Plague in India, 1896, 1897 - Volume 2
Year: 1896
Disease focus: Plague
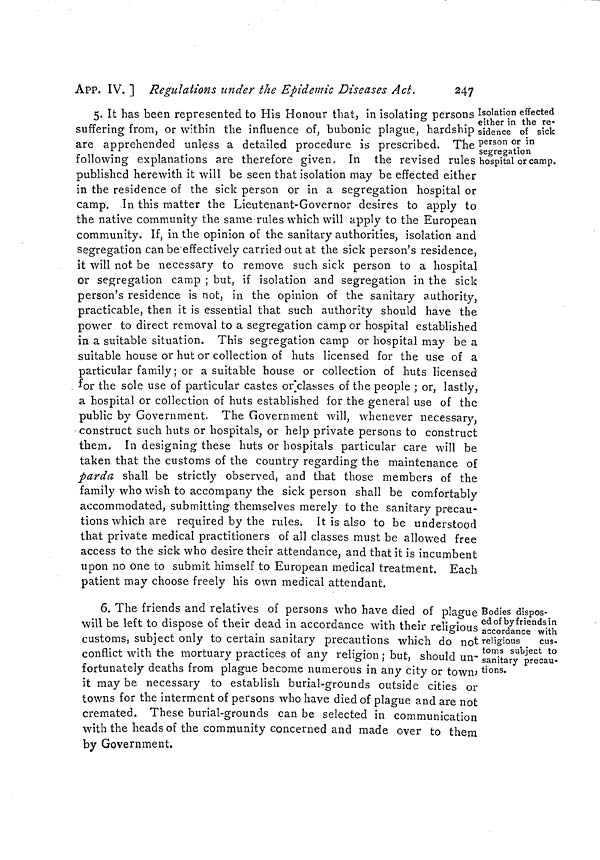
247
APP. IV. l Regulations under the Epidemic Diseases Act.
Isolation effected
either in the re-
sidence of sick
person or in
segregation
hospital or camp.
5. It has been represented to His Honour that, in isolating persons
suffering from, or within the influence of, bubonic plague, hardship
are apprehended unless a detailed procedure is prescribed. The
following explanations are therefore given, In the revised rules
published herewith it will be seen that isolation may be effected either
in the residence of the sick person or in a segregation hospital or
camp. In this matter the Lieutenant-Governor desires to apply to
the native community the same rules which will apply to the European
community. If, in the opinion of the sanitary authorities, isolation and
segregation can be'effectively carried out at the sick person's residence,
it will not be necessary to remove such sick person to a hospital
or segregation camp ; but, if isolation and segregation in the sick
person's residence is not, in the opinion of the sanitary authority,
practicable, then it is essential that such authority should have the
power to direct removal to a segregation camp or hospital established
in a suitable situation. This segregation camp or hospital may be a
suitable house or hut or collection of huts licensed for the use of a
particular family ; or a suitable house or collection of huts licensed
for the sole use of particular castes or;classes of the people ; or, lastly,
a hospital or collection of huts established for the general use of the
public by Government. The Government will, whenever necessary,
construct such huts or hospitals, or help private persons to construct
them. In designing these huts or hospitals particular care will be
taken that the customs of the country regarding the maintenance of
parda shall be strictly observed, and that those members of the
family who wish to accompany the sick person shall be comfortably
accommodated, submitting themselves merely to the sanitary precau-
tions which are required by the rules. It is also to be understood
that private medical practitioners of all classes must be allowed free
access to the sick who desire their attendance, and that it is incumbent
upon no one to submit himself to European medical treatment. Each
patient may choose freely his own medical attendant.
Bodies dispos-
ed of by friends in
accordance with
religious
cus-
toms subject to
sanitary precau-
tions.
6. The friends and relatives of persons who have died of plague
will be left to dispose of their dead in accordance with their religious
customs, subject only to certain sanitary precautions which do not
conflict with the mortuary practices of any religion ; but, should un-
fortunately deaths from plague become numerous in any city or town
it may be necessary to establish burial-grounds outside cities or
towns for the interment of persons who have died of plague and are not
cremated. These burial-grounds can be selected in communication
with the heads of the community concerned and made over to them
by Government,